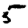
Digit: 5